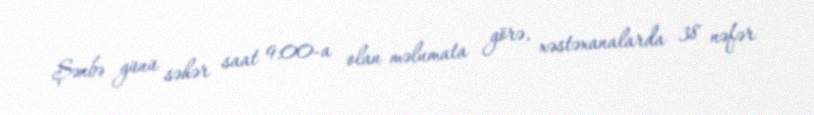
Şənbə günü səhər saat 9:00-a olan məlumata görə, xəstəxanalarda 38 nəfər